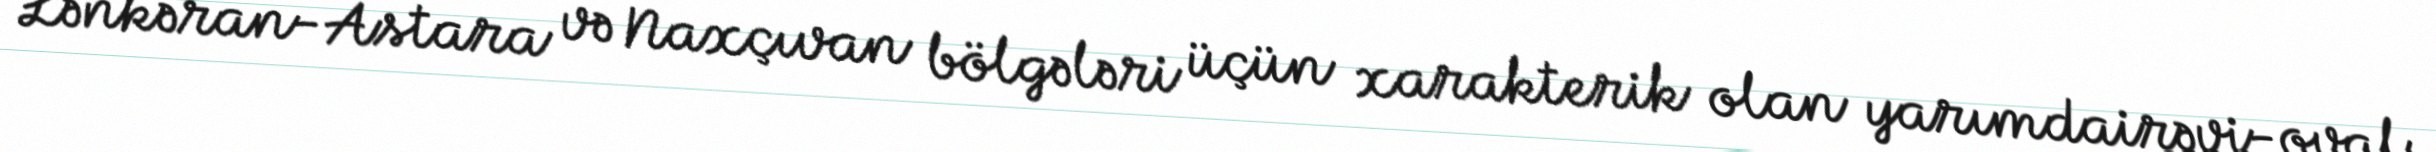
Lənkəran-Astara və Naxçıvan bölgələri üçün xarakterik olan yarımdairəvi-oval